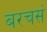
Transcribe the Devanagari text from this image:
बरचसं